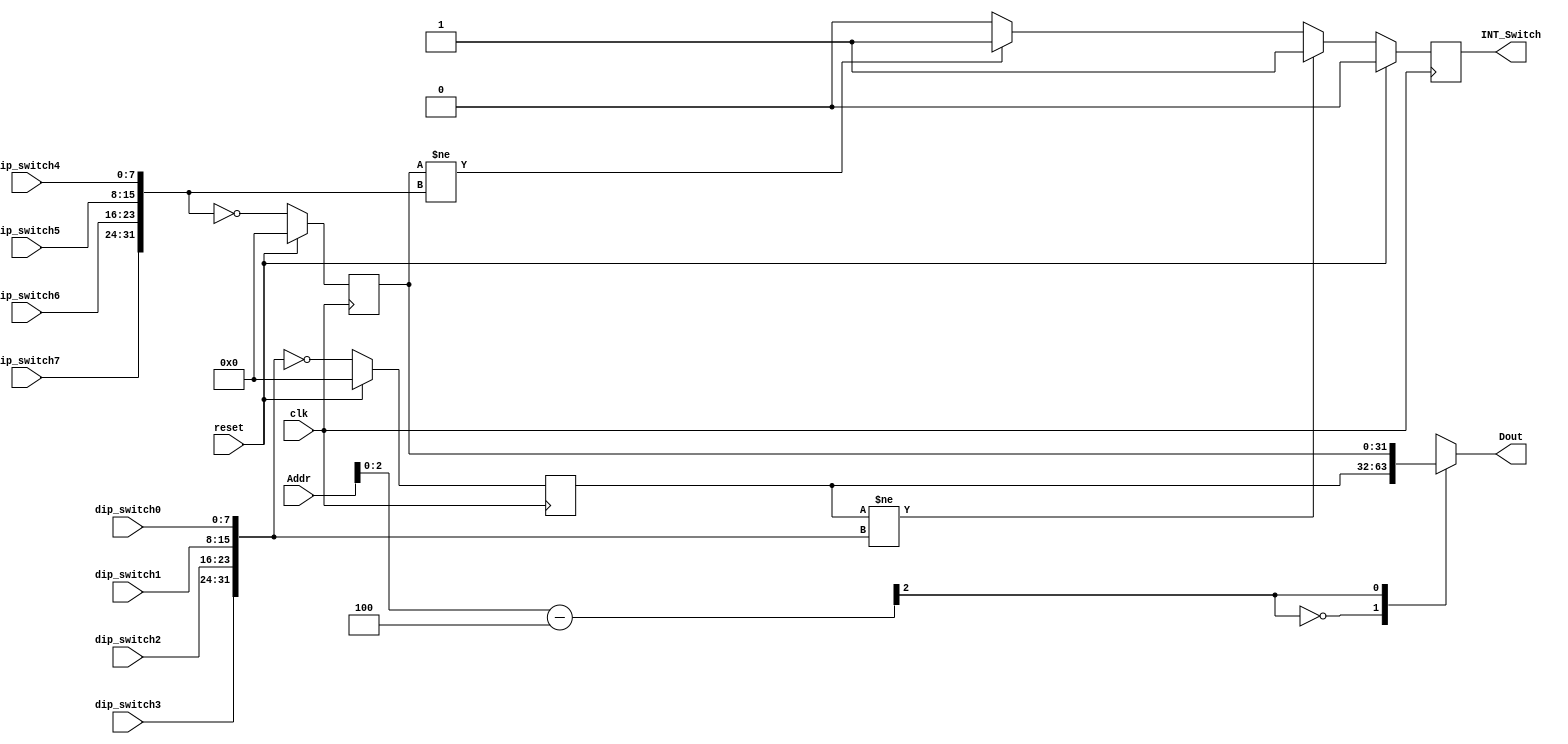
module switch_driver(
    input clk,
    input reset,
    input [31:0] Addr,
    output [31:0] Dout,
	output reg INT_Switch,
    input [7:0] dip_switch0,
    input [7:0] dip_switch1,
    input [7:0] dip_switch2,
    input [7:0] dip_switch3,
    input [7:0] dip_switch4,
    input [7:0] dip_switch5,
    input [7:0] dip_switch6,
    input [7:0] dip_switch7
);

    reg [31:0] switch_reg [1:0];
    wire CS_Switch;
    wire [31:0] offset;

    assign CS_Switch = (Addr >= 32'h0000_7f2c && Addr <= 32'h0000_7f33) ? 1'b1 : 1'b0;
    assign offset = Addr - 32'h0000_7f2c;

    assign Dout = switch_reg[offset[2]];

    always @(posedge clk) begin
        if(reset) begin
            switch_reg[0] <= 32'd0;
            switch_reg[1] <= 32'd0;
			INT_Switch <= 1'b0;
        end
        else begin
            switch_reg[0] <= ~{dip_switch3, dip_switch2, dip_switch1, dip_switch0};
            switch_reg[1] <= ~{dip_switch7, dip_switch6, dip_switch5, dip_switch4};
			if(switch_reg[0] != {dip_switch3, dip_switch2, dip_switch1, dip_switch0})
				INT_Switch <= 1'b1;
			else if(switch_reg[1] != {dip_switch7, dip_switch6, dip_switch5, dip_switch4})
				INT_Switch <= 1'b1;
			else
				INT_Switch <= 1'b0;
        end
    end     

endmodule // switch_driver